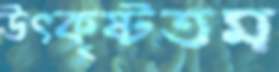
উত্কৃষ্টতম